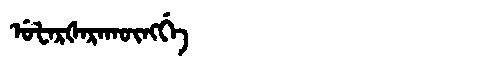
Manchu: ᡠᡶᠠᡵᡧᠠᡵᠠᡴᡡᠩᡤᡝ
Romanization: UFARŠARAKŪNGGE